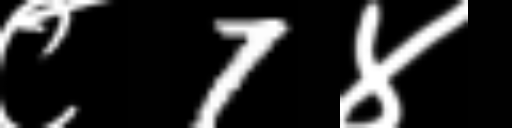
Text: ८7४